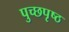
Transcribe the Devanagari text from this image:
पुच्छपृष्ठ